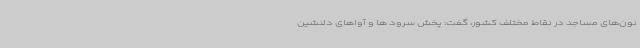
نون‌های مساجد در نقاط مختلف کشور، گفت: پخش سرود ها و آواهای دلنشین